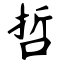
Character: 哲